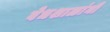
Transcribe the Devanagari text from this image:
वेधशाळांनी